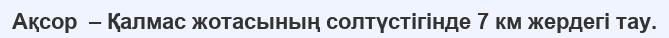
Ақсор  – Қалмас жотасының солтүстігінде 7 км жердегі тау.